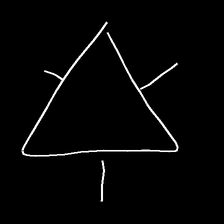
Glyph: fire